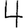
Digit: 4